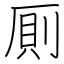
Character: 厠